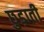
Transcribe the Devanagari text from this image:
छुड़ाती